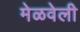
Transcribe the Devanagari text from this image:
मेळवेली